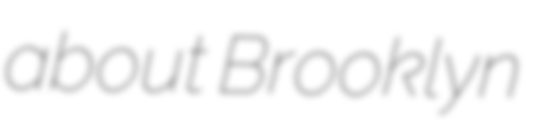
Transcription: about Brooklyn